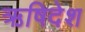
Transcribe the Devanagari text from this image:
ऋषिदेश